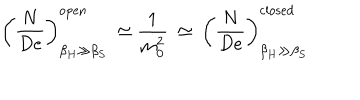
\left( \frac { N } { D e } \right) _ { \beta _ { H } \gg \beta _ { S } } ^ { \mathrm { o p e n } } \: \simeq \frac { 1 } { m _ { 0 } ^ { 2 } } \: \simeq \: \left( \frac { N } { D e } \right) _ { \beta _ { H } \gg \beta _ { S } } ^ { \mathrm { c l o s e d } }